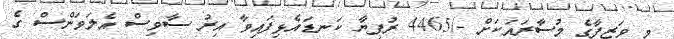
މި ވަޒީފާގެ މުސާރައަކަށް -/4465 ރުފިޔާ ކަނޑައެޅިފައިވާ އިރު ސާވިސް އެލަވަންސް ގެ